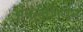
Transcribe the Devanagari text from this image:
ॲपलेशियन